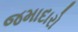
જમાદારો